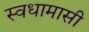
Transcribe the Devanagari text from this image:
स्वधामासी